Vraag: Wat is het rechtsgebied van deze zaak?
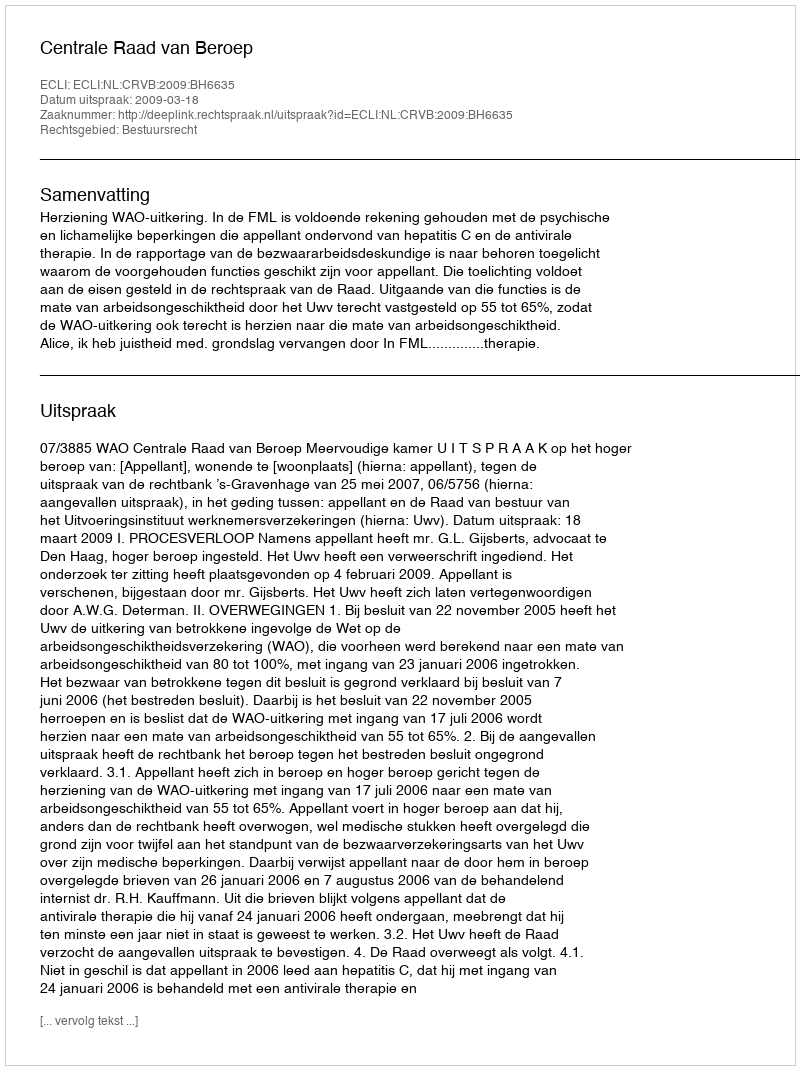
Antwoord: Bestuursrecht